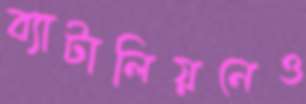
ব্যাটালিয়নেও